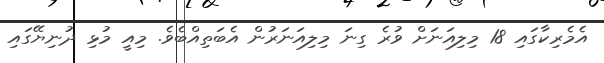
އެމެރިކާގައި 18 މިލިއަނަށް ވުރެ ގިނަ މިލިއަނަރުން އެބަތިއްބެވެ. މިއީ މުޅި ދުނިޔޭގައި